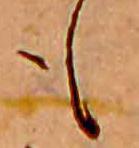
も